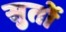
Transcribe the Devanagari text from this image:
सुतों